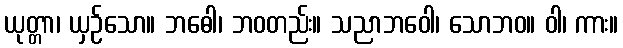
ယုတ္တာ၊ ယှဉ်သော။ ဘဓေါ၊ ဘဝတည်း။ သညာဘဝေါ၊ သောဘဝ။ ဝါ၊ ကား။